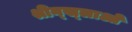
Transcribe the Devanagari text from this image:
श्रीन्ख्लाओ